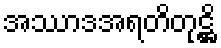
အဿာဒအရတိတုဋ္ဌိ